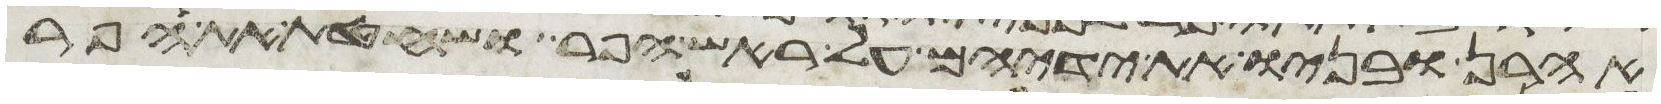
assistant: אהרן ובניו את ידיהם על ראש הפר ושחטת את הפר